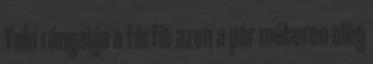
Yuki rángatja a férfit azon a pár méteren elég